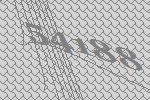
54188